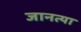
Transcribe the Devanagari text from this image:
जानत्या